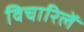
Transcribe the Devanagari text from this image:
विचारिलें